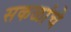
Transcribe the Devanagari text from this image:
सकळांचे